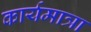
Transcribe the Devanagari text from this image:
कार्यमात्रा